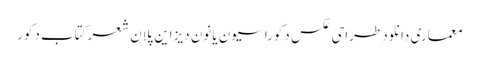
معماری دانلود طراحی عکس دکوراسیون یانون دیزاین پلان شعر کتاب دکور